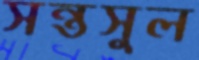
সন্তসুল